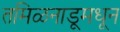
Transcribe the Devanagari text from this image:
तमिळनाडूमधून